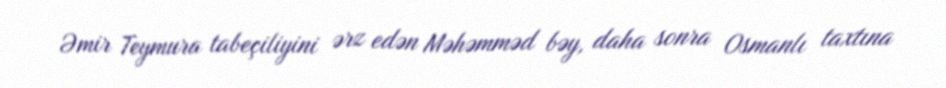
Əmir Teymura tabeçiliyini ərz edən Məhəmməd bəy, daha sonra Osmanlı taxtına